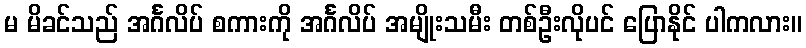
မ မိခင်သည် အင်္ဂလိပ် စကားကို အင်္ဂလိပ် အမျိုးသမီး တစ်ဦးလိုပင် ပြောနိုင် ပါကလား။